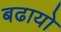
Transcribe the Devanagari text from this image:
बढायो